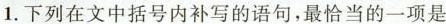
D.下列文中括号内补写的语句，最恰当的一项是